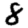
Digit: 8